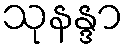
သုနန္ဒာ